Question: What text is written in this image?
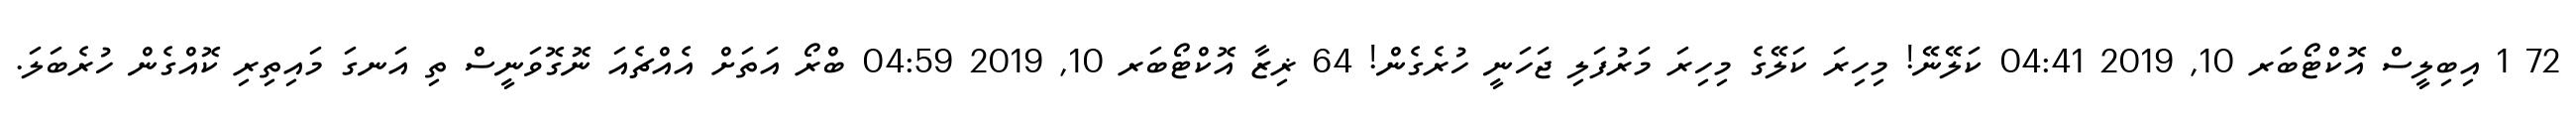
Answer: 72 1 އިބިލީސް އޮކްޓޯބަރ 10, 2019 04:41 ކަލޭނޭ! މިހިރަ ކަލޭގެ މިހިރަ މަރުފަލި ޖަހަނީ ހުރެގެން! 64 ޜިޒާ އޮކްޓޯބަރ 10, 2019 04:59 ބްރޯ އަތަށް އެއްޗެއަ ނޮގޮވަނީސް ތި އަނގަ މައިތިރި ކޮއްގެން ހުރެބަލަ.